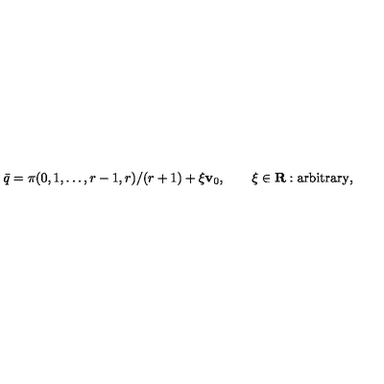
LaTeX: \bar { q } = \pi ( 0 , 1 , \ldots , r - 1 , r ) / ( r + 1 ) + \xi { \bf v } _ { 0 } , \qquad \xi \in { \bf R } : \mathrm { a r b i t r a r y } ,